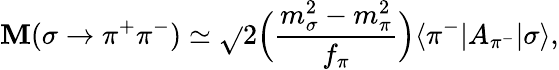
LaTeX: \mathbf{M}(\sigma\rightarrow\pi^{+}\pi^{-})\simeq\sqrt{}{{2}}\Bigl({\frac{{m_{\sigma}^{2}-m_{\pi}^{2}}}{{f_{\pi}}}}\Bigr)\langle{\pi^{-}|A_{\pi^{-}}|\sigma}\rangle,